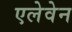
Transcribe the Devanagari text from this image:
एलेवेन